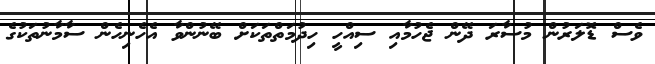
ވެސް ޑޮލަރުން މުސާރަ ދޭން ޖެހުމާއި ސިއްހީ ހިދުމަތްތަކަށް ބޭނުންވާ އެހެނިހެން ސާމާނުތަކުގެ